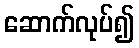
ဆောက်လုပ်၍